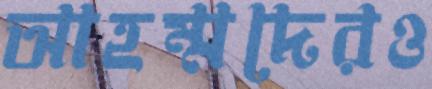
আহম্মদেরও